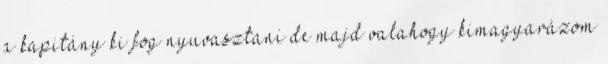
a kapitány ki fog nyuvasztani de majd valahogy kimagyarázom